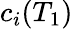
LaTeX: c_{i}(T_{1})